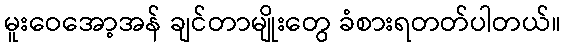
မူးဝေအော့အန် ချင်တာမျိုးတွေ ခံစားရတတ်ပါတယ်။